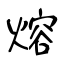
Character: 熔